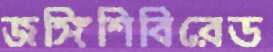
জঙ্গিশিবিরেড